Report of the Municipal Commissioner on the plague in Bombay for the year ending 31st May... - Volume 3
Disease focus: Plague
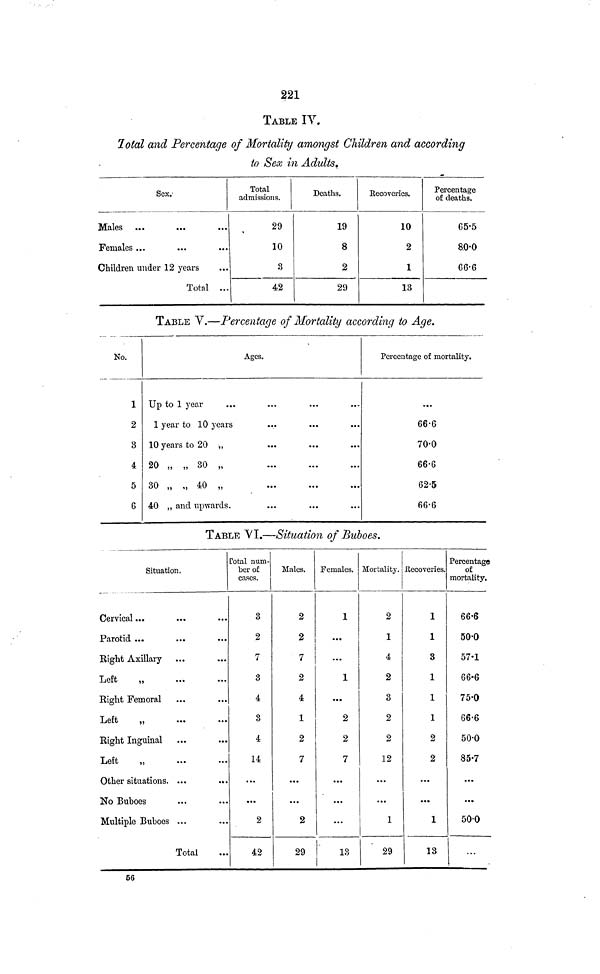
221
TABLE IV.
Total and Percentage of Mortality amongst Children and according
to Sex in Adults.
Sex:
Males
Females ...
Children under 12 years
Total ...
Total
admissions.
29
10
3
42
Deaths.
19
8
2
29
Eecoveries.
10
2
1
13
Percentage
of deaths.
65.5
80.0
66.6
TABLE Y.—Percentage of Mortality according to Age.
No.
1
2
3
4
5
6
Ages.
Up to 1 year
1 year to 10 years
10 years to 20 „
20 „ „ 30 „
30 „ „ 40 „
40 „ and upwards.
Percentage of mortality.
...
66.6
70.0
66.6
62.5
66.6
TABLE VI.—Situation of Buboes.
Situation.
Cervical ..
Parotid ...
Bight Axillary
Left
„
Right Femoral
Left
„
Bight Inguinal
Left
„
Other situations. ...
.
No Buboes
Multiple Buboes ...
Total
Total num-
ber of
cases.
3
2
7
3
4
3
4
U
...
...
2
42
Males.
2
2
7
2
4
1
2
7
...
...
2
29
Females.
1
...
...
1
...
2
2
7
...
...
...
13
Mortality.
2
1
4
2
3
2
2
12
...
...
1
29
Recoveries.
1
1
3
1
1
1
2
2
...
...
1
13
Percentage
of
mortality.
66.6
50.0
57.1
66.6
75.0
66.6
50.0
85.7
...
...
50.0
...
56